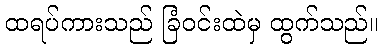
ထရပ်ကားသည် ခြံဝင်းထဲမှ ထွက်သည်။